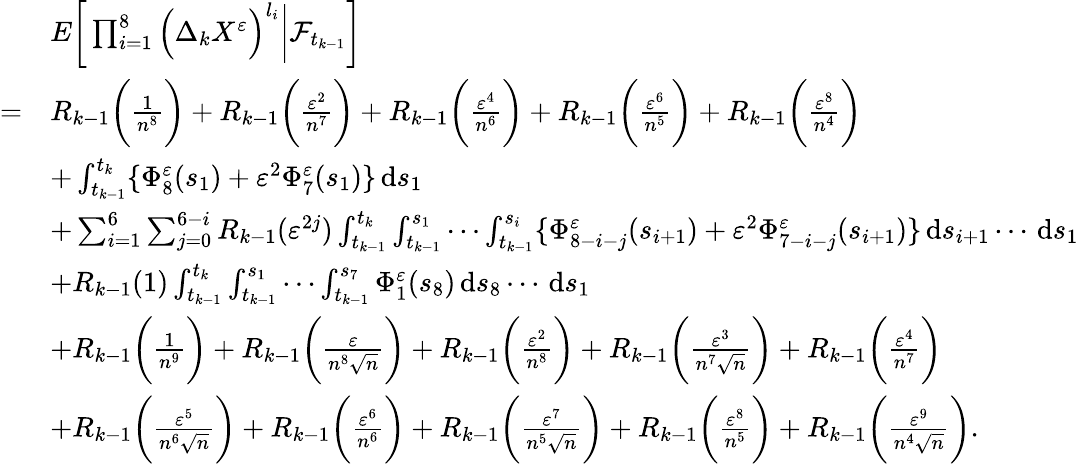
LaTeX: \begin{array}{rl}&{E\bigg[\prod_{i=1}^{8}\Big(\Delta_{k}X^{\varepsilon}\Big)^{l_{i}}\bigg|\mathcal{F}_{t_{k-1}}\bigg]}\\ {=}&{R_{k-1}\bigg(\frac{1}{n^{8}}\bigg)+R_{k-1}\bigg(\frac{\varepsilon^{2}}{n^{7}}\bigg)+R_{k-1}\bigg(\frac{\varepsilon^{4}}{n^{6}}\bigg)+R_{k-1}\bigg(\frac{\varepsilon^{6}}{n^{5}}\bigg)+R_{k-1}\bigg(\frac{\varepsilon^{8}}{n^{4}}\bigg)}\\ &{+\int_{t_{k-1}}^{t_{k}}\{ \Phi_{8}^{\varepsilon}(s_{1})+\varepsilon^{2}\Phi_{7}^{\varepsilon}(s_{1})\} \, \mathrm{d}s_{1}}\\ &{+\sum_{i=1}^{6}\sum_{j=0}^{6-i}R_{k-1}(\varepsilon^{2j})\int_{t_{k-1}}^{t_{k}}\int_{t_{k-1}}^{s_{1}}\cdots\int_{t_{k-1}}^{s_{i}}\{ \Phi_{8-i-j}^{\varepsilon}(s_{i+1})+\varepsilon^{2}\Phi_{7-i-j}^{\varepsilon}(s_{i+1})\} \, \mathrm{d}s_{i+1}\cdots\, \mathrm{d}s_{1}}\\ &{+R_{k-1}(1)\int_{t_{k-1}}^{t_{k}}\int_{t_{k-1}}^{s_{1}}\cdots\int_{t_{k-1}}^{s_{7}}\Phi_{1}^{\varepsilon}(s_{8})\, \mathrm{d}s_{8}\cdots\, \mathrm{d}s_{1}}\\ &{+R_{k-1}\bigg(\frac{1}{n^{9}}\bigg)+R_{k-1}\bigg(\frac{\varepsilon}{n^{8}\sqrt{n}}\bigg)+R_{k-1}\bigg(\frac{\varepsilon^{2}}{n^{8}}\bigg)+R_{k-1}\bigg(\frac{\varepsilon^{3}}{n^{7}\sqrt{n}}\bigg)+R_{k-1}\bigg(\frac{\varepsilon^{4}}{n^{7}}\bigg)}\\ &{+R_{k-1}\bigg(\frac{\varepsilon^{5}}{n^{6}\sqrt{n}}\bigg)+R_{k-1}\bigg(\frac{\varepsilon^{6}}{n^{6}}\bigg)+R_{k-1}\bigg(\frac{\varepsilon^{7}}{n^{5}\sqrt{n}}\bigg)+R_{k-1}\bigg(\frac{\varepsilon^{8}}{n^{5}}\bigg)+R_{k-1}\bigg(\frac{\varepsilon^{9}}{n^{4}\sqrt{n}}\bigg).}\end{array}